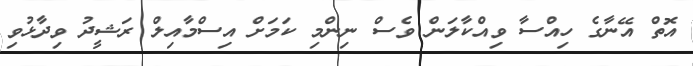
އޮތް އޭނާގެ ހިއްސާ ވިއްކާލަން ވެސް ނިންމި ކަމަށް އިސްމާއިލް ރަޝީދު ވިދާޅުވި